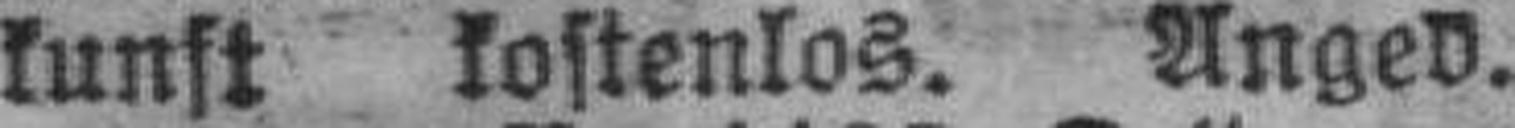
kunft kostenlos. Anged.